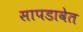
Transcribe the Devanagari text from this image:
सापडावेत